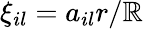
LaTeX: \xi_{il}=a_{il}r/\mathbb{R}